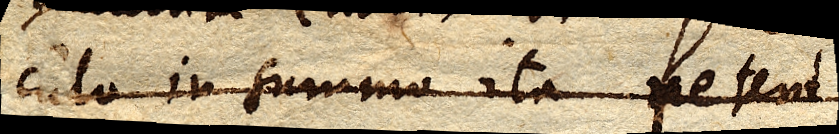
culo in summo ita petent.